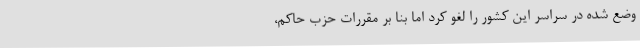
وضع شده در سراسر این کشور را لغو کرد اما بنا بر مقررات حزب حاکم،